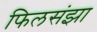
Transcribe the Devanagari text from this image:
फिलसंझा